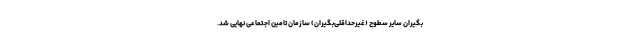
بگیران سایر سطوح (غیرحداقلی‌بگیران) سازمان تامین اجتماعی نهایی شد.